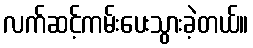
လက်ဆင့်ကမ်းပေးသွားခဲ့တယ်။